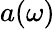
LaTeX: a(\omega)